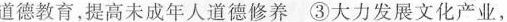
道德教育，提高未成年人道德修养③大力发展文化产业，